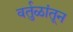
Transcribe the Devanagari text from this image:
वर्तुळांतून